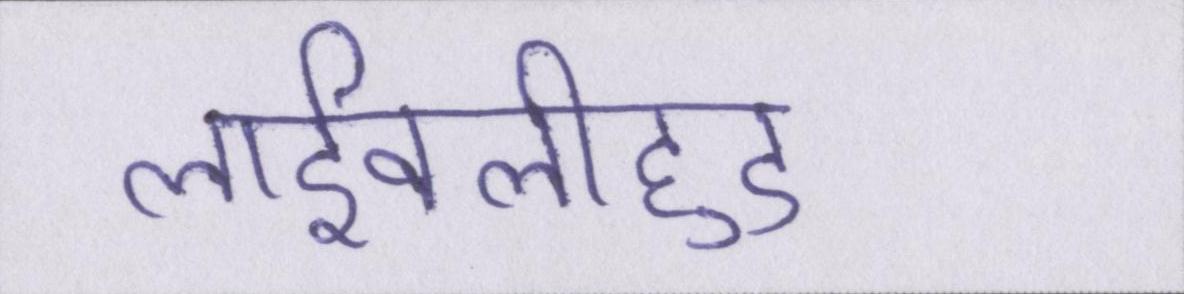
लाईवलीहुड